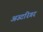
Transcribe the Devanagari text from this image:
अउटरिगर